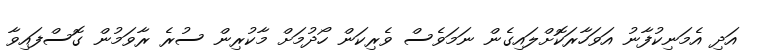
އަދި އެމަނިކުފާނު އަވަހާރަކޮށްލައިގެން ނަމަވެސް ވެރިކަން ހޯދުމަށް މާކުރިން ސުރެ ރާވަމުން ގޮސްފައިވާ